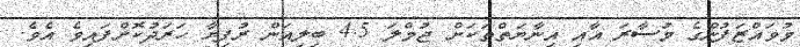
މުވައްޒަފުންގެ މުސާރަ އާއި އިނާޔަތްތަކަށް ޖުމްލަ 4.5 ބިލިއަން ރުފިޔާ ހަރަދުކޮށްފައިވެ އެވެ.